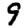
Digit: 9